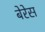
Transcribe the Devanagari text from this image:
बेरेस